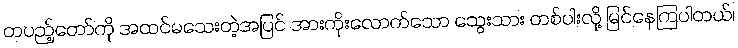
တပည့်တော်ကို အထင်မသေးတဲ့အပြင် အားကိုးလောက်သော သွေးသား တစ်ပါးလို့ မြင်နေကြပါတယ်၊